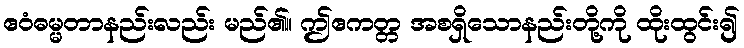
ဧဝံဓမ္မတာနည်းလည်း မည်၏။ ဤဧကတ္တ အစရှိသောနည်းတို့ကို ထိုးထွင်း၍